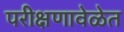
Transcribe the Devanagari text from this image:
परीक्षणावेळेत